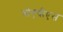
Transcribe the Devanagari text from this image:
बीएपीएस